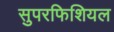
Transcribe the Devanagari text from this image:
सुपरफिशियल